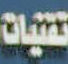
تقنيات